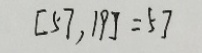
[ 5 7 , 1 9 ] = 5 7